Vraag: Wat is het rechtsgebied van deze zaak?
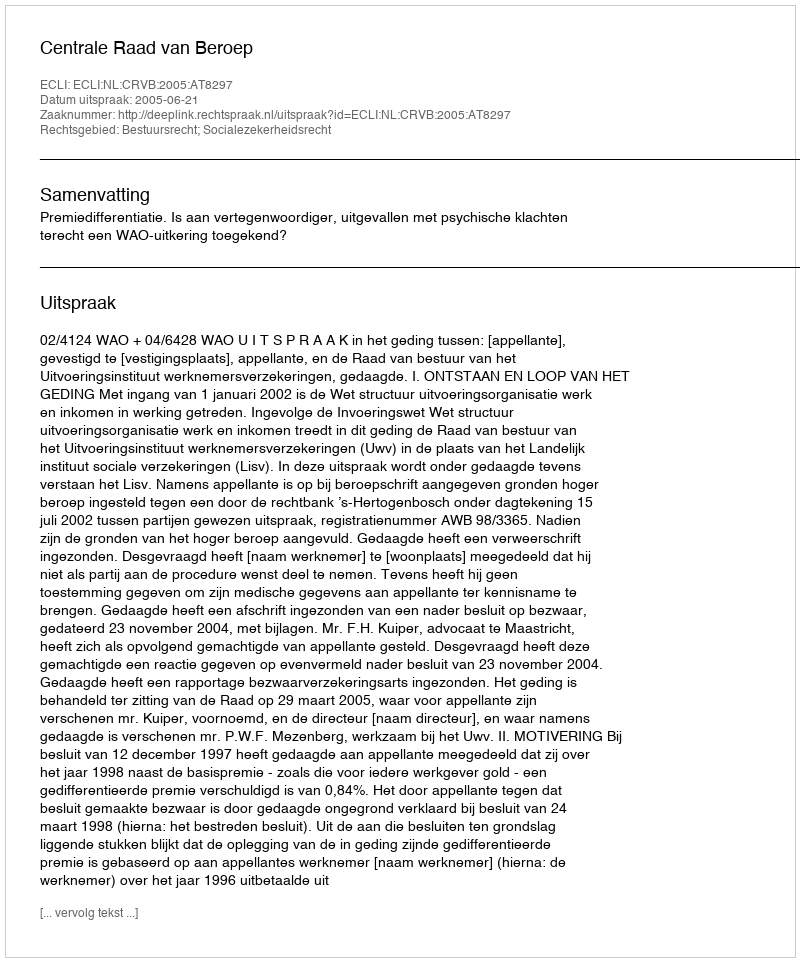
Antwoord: Bestuursrecht; Socialezekerheidsrecht